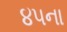
૪૫ના